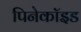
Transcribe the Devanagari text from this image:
पिनेकॉइड